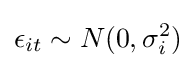
\epsilon _{it}\sim N(0,\sigma _{i}^{2})